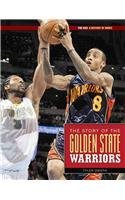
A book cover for The Story of the Golden State Warriors (The NBA: a History of Hoops); Tyler Omoth; Teen & Young Adult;